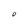
Character: O